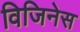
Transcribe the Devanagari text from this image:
विजिनेस